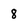
Character: 8